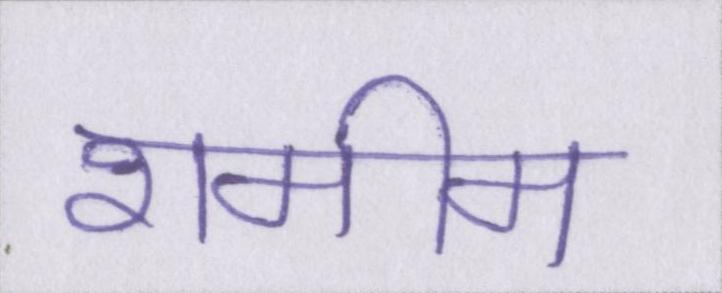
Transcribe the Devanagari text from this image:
शमीम